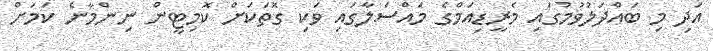
އަދި މި ބައްދަލުވުމުގައި މެރީޑިއަމްގެ މައްސަލާގައި ވަކި ގޮތަކަށް ކޮމިޓީން ނިންމާނެ ކަމަށް